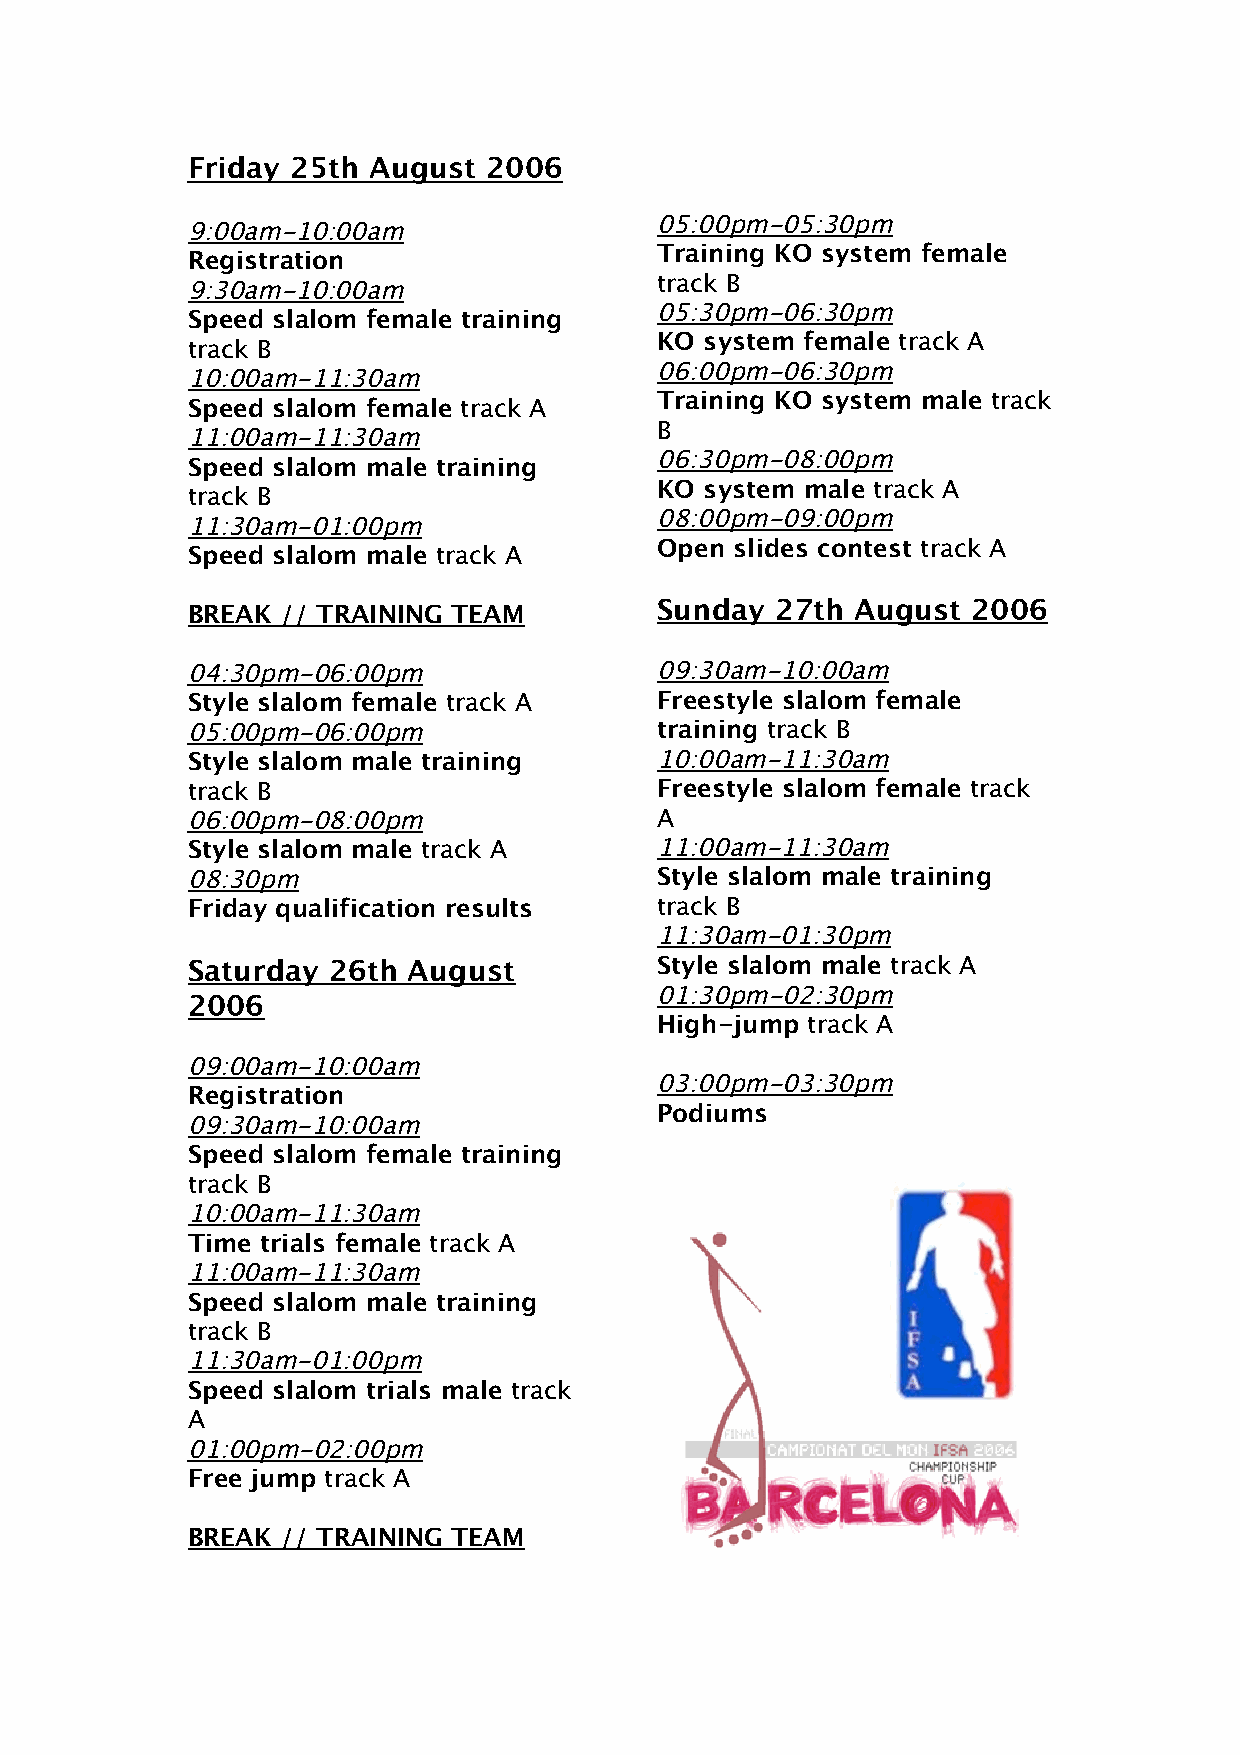
Friday 25th August  2006
 05:00pm-05:30pm
 9:00am-10:00am
 Training KO system female
 Registration
 track B
 9:30am-10:00am
 05:30pm-06:30pm
 Speed slalom female training
 KO  system female track A
 track B
 06:00pm-06:30pm
 10:00am-11:30am
 Training KO system male track
 Speed slalom female track A
 B
 11:00am-11:30am
 06:30pm-08:00pm
 Speed slalom male training
 KO  system male track A
 track B
 08:00pm-09:00pm
 11:30am-01:00pm
 Open  slides contest track A
 Speed slalom male track A
 BREAK  // TRAINING TEAM        Sunday  27th August  2006
 04:30pm-06:00pm                09:30am-10:00am
 Style slalom female track A    Freestyle slalom female
 05:00pm-06:00pm                training track B
 Style slalom male training     10:00am-11:30am
 track B                        Freestyle slalom female track
 06:00pm-08:00pm                A
 Style slalom male track A      11:00am-11:30am
 08:30pm                        Style slalom male training
 Friday qualification results   track B
 11:30am-01:30pm
 Saturday  26th August          Style slalom male track A
 01:30pm-02:30pm
 2006
 High-jump track A
 09:00am-10:00am
 03:00pm-03:30pm
 Registration
 Podiums
 09:30am-10:00am
 Speed slalom female training
 track B
 10:00am-11:30am
 Time trials female track A
 11:00am-11:30am
 Speed slalom male training
 track B
 11:30am-01:00pm
 Speed slalom trials male track
 A
 01:00pm-02:00pm
 Free jump track A
 BREAK  // TRAINING TEAM